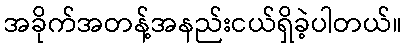
အခိုက်အတန့်အနည်းငယ်ရှိခဲ့ပါတယ်။